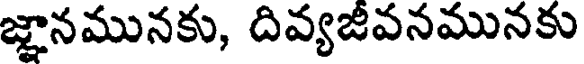
జ్ఞానమునకు, దివ్యజీవనమునకు